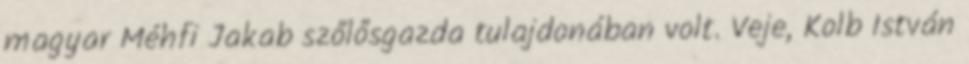
magyar Méhfi Jakab szőlősgazda tulajdonában volt. Veje, Kolb István